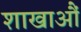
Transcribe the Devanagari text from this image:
शाखाऔं